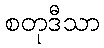
စတုဒီသာ